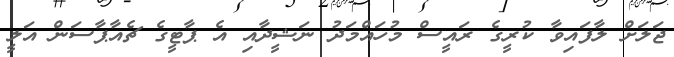
ޖަލަށް ލާފައިވާ ކުރީގެ ރައީސް މުހައްމަދު ނަޝީދާއި އެ ޕާޓީގެ ޗެއާޕާސަން އަލީ